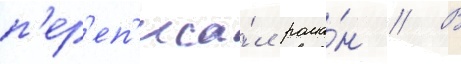
п'ер'еп'иса́л рома́н // В